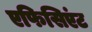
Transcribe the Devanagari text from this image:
एफिसिएंट